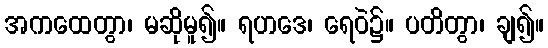
အကထေတွာ၊ မဆိုမူ၍။ ရဟဒေ၊ ရေဝဲ၌။ ပတိတွာ၊ ချ၍။